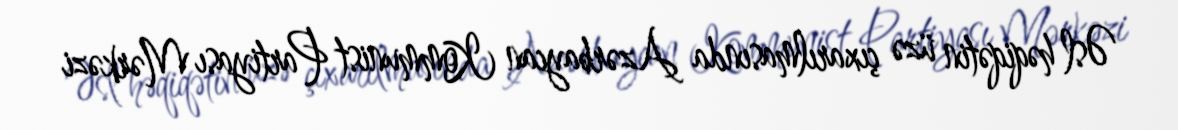
Əsl həqiqətin üzə çıxarılmasında Azərbaycan Kommunist Partiyası Mərkəzi